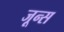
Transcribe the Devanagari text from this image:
जून्स